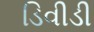
ડિવીડી